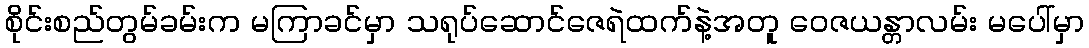
စိုင်းစည်တွမ်ခမ်းက မကြာခင်မှာ သရုပ်ဆောင်ဇေရဲထက်နဲ့အတူ ဝေဇယန္တာလမ်း မပေါ်မှာ